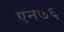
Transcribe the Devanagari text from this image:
एन७६